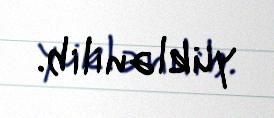
yüklənilib.